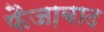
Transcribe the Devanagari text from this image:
फैजा़बाद